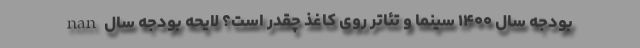
nan بودجه‌ سال ۱۴۰۰ سینما و تئاتر روی کاغذ چقدر است؟ لایحه بودجه سال